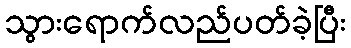
သွားရောက်လည်ပတ်ခဲ့ပြီး